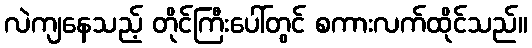
လဲကျနေသည့် တိုင်ကြီးပေါ်တွင် စကားလက်ထိုင်သည်။